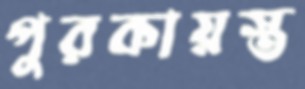
পুরকায়স্ত